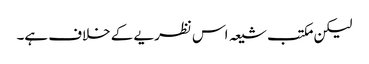
لیکن مکتب شیعہ اس نظریے کے خلاف ہے۔